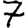
Digit: 7